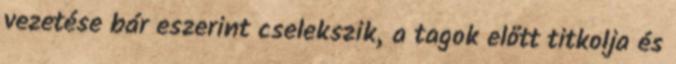
vezetése bár eszerint cselekszik, a tagok előtt titkolja és